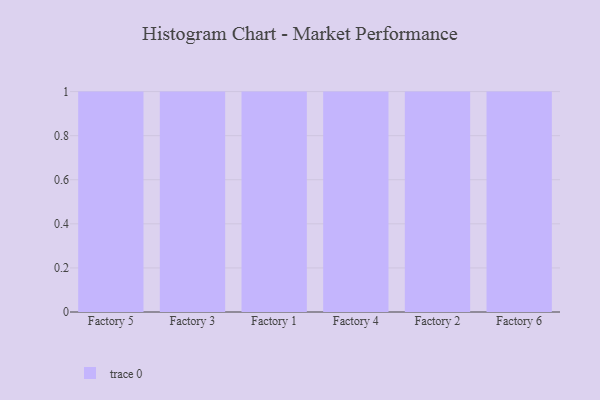
{"axis": {"x": "Factory", "y": "Inventory Turnover"}, "legend": [""], "data": [{"x": "Factory 5", "y": 42, "type": ""}, {"x": "Factory 3", "y": 3, "type": ""}, {"x": "Factory 1", "y": 2, "type": ""}, {"x": "Factory 4", "y": 33, "type": ""}, {"x": "Factory 2", "y": 2, "type": ""}, {"x": "Factory 6", "y": 85, "type": ""}]}